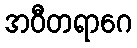
အဝီတရာဂေ